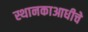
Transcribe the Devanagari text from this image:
स्थानकाआधीचे